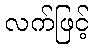
လက်ဖြင့်